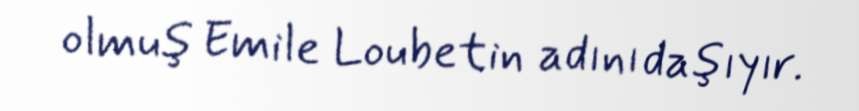
olmuş Emile Loubetin adını daşıyır.